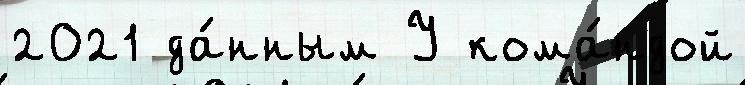
2021 да́нным У кома́ндой